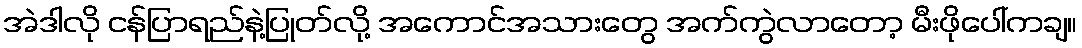
အဲဒါလို ငန်ပြာရည်နဲ့ပြုတ်လို့ အကောင်အသားတွေ အက်ကွဲလာတော့ မီးဖိုပေါ်ကချ။